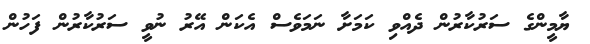
ޔާމީންގެ ސަރުކާރުން ދެއްވި ކަމަށާ ނަމަވެސް އެކަން އޭރު ނުވީ ސަރުކާރުން ފަހުން